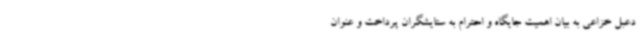
دعبل خزاعی به بیان اهمیت جایگاه و احترام به ستایشگران پرداخت و عنوان